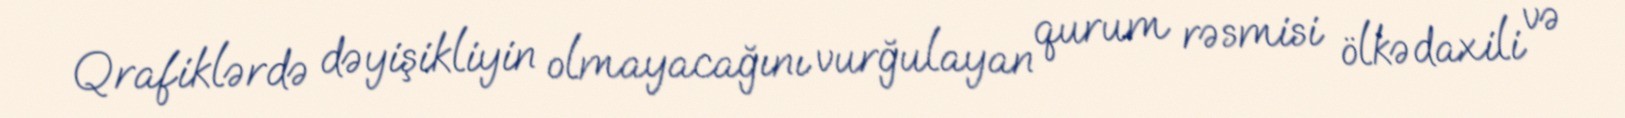
Qrafiklərdə dəyişikliyin olmayacağını vurğulayan qurum rəsmisi ölkədaxili və